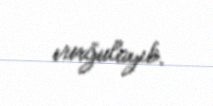
vurğulayıb.